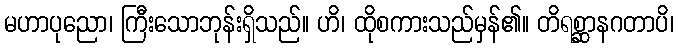
မဟာပုညော၊ ကြီးသောဘုန်းရှိသည်။ ဟိ၊ ထိုစကားသည်မှန်၏။ တိရစ္ဆာနဂတာပိ၊